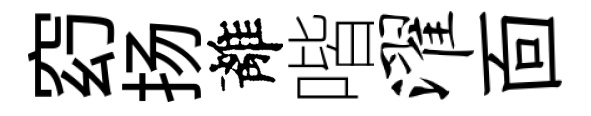
𥥆扬離喈濯靣